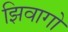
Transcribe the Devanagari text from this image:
झिवागो